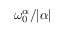
\omega _ { 0 } ^ { \alpha } / \vert \alpha \vert